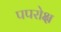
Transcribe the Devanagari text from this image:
पपरोक्ष